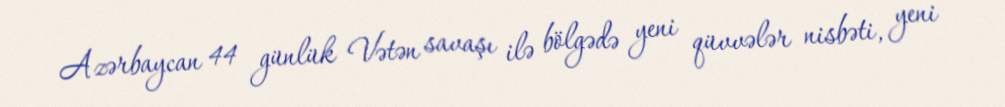
Azərbaycan 44 günlük Vətən savaşı ilə bölgədə yeni qüvvələr nisbəti, yeni